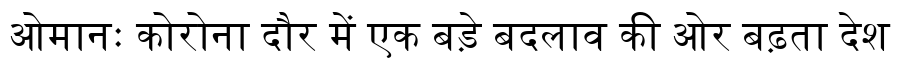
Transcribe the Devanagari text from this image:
ओमानः कोरोना दौर में एक बड़े बदलाव की ओर बढ़ता देश